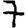
Digit: 7